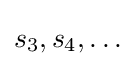
s_{3},s_{4},\dots